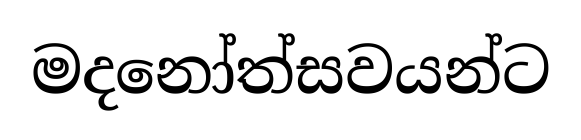
මදනෝත්සවයන්ට